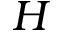
H